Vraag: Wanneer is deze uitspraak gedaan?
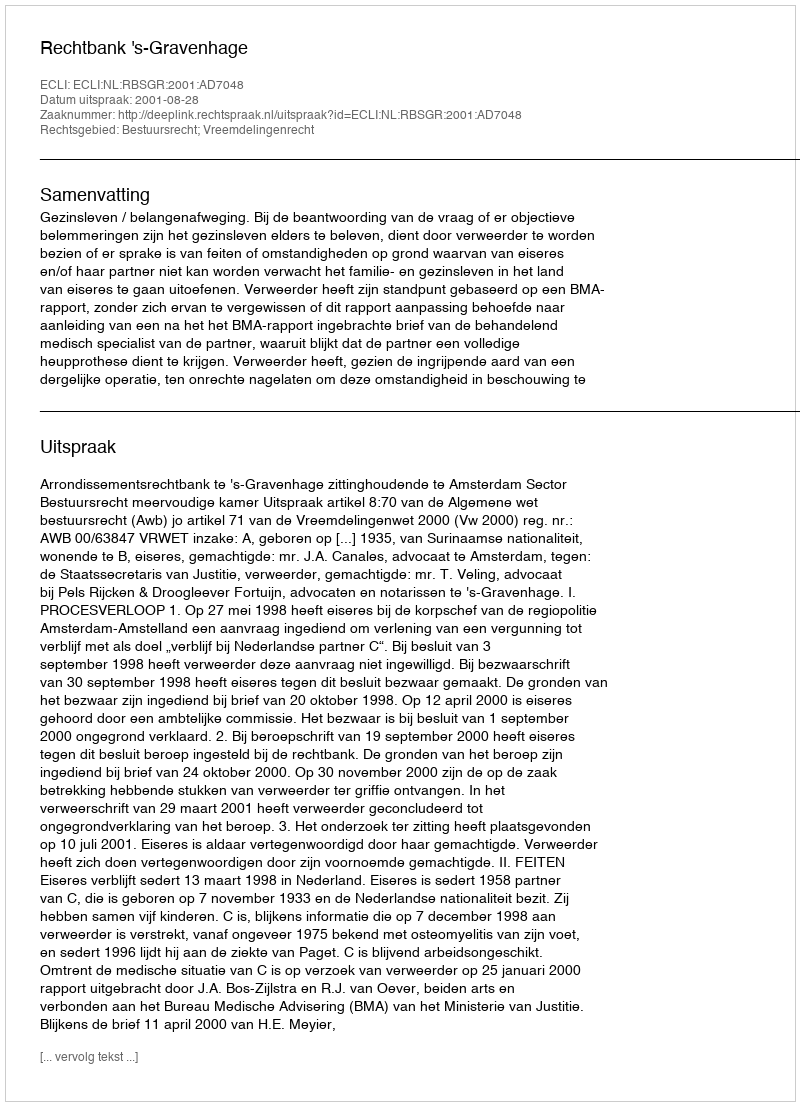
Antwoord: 2001-08-28